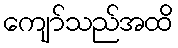
ကျော်သည်အထိ